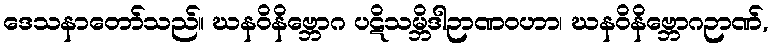
ဒေသနာတော်သည်။ ဃနဝိနိဗ္ဘောဂ ပဋိသမ္ဘိဒါဉာဏဝဟာ၊ ဃနဝိနိဗ္ဘောဂဉာဏ်,